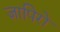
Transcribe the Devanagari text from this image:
ज़ापिरो